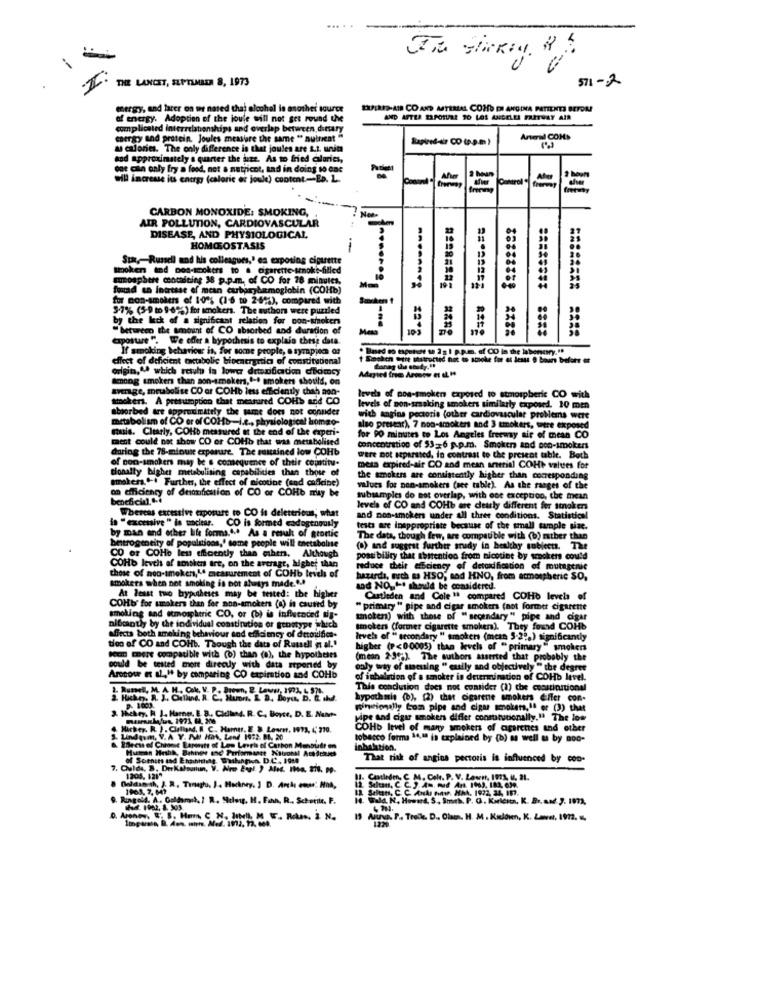
... . .
-
THE LANCET, SEPTEMBER 8, 1973
571-2
mergy, and later on we nated that alcohol is another source
EXPIRED-AIR CO AND MATERIAL COMO EN ANGINA PATIENTS BETON
of energy. Adoption of the joule will not get round the
AND AFTER EXPOSURE 20 LOS ANGELES FRITHAT AIR
complicated interrelationships and overlap between,dietary
cergy and protein. Joules measure the same " nutrient "
Anteil COM>
a calories. The only difference is that joules are s.1. units
kod approximately a quarter the jure. As to fried calories,
one can only fry a food, not a natricot, tad in doing so Gne
will increase its entry (caloric er joule) content-Es. L.
Control "
CARBON MONOXIDE: SMOKING,
AIR POLLUTION, CARDIOVASCULAR
DISEASE, AND PHYSIOLOGICAL
HOMEOSTASIS
Sun ,- Russell and his colleagues,' es exposing cigarette
Boken tod non-smokers to . cigarette-srnokt-filled
mosphere containing 38 p.p.m. of CO for 78 minutes,
found en intresse of mean curburyhemoglobin (COHb)
for non-smokers of 10% (16 to 269%), compared with
9-7% (5-9 to 9-6"*) for smokers. The authors were puzzled
by the lack of a significant relation for con-winokers
"between the amount of CO absorbed and duration of
exposure ". We offer a hypothesis to explain these data.
If smoking behaviour is, for some people, e sympiece of
. Based to toutune t 22 1 p.p.m. of CO in the labencry: "
effect of deficient taxctabolic bioenergetica of constitutional
1 Sighen Gere shitrortid not to stroke for at Jest 9 bours before et
origin,"ª which resul ta lower detoxification comey
Among smokers than son-smokers,e-4 smokers should, on
average, meubolise CO or COHb less efficiently chah aon-
mokers. A presumption that measured COHs and CO
levels of pos-smoken exposed to atmospheric CO with
sborbed are Approximately the same does not conuder
levels of non-srasking smokers similarly exposed. 10 men
metabolism of CO er of COHb -- I.e ., physiological bomao-
with angina pectoris (other cardiovascular problems were
musis. Clearly, COHb measured at the end of the experi-
also prestar), 7 non-smokers and 3 smokers, were exposed
ment could not show CO or COHb that was metabolised
for PO minutes to Los Angeles freeway air of mean CO
ag the 78-minute exposure. The sustained low COHb
concentration of 53-6 p.p.m. Smokers and non-smokers
of non-smokers may be s comequence of their constitu-
were not separated, in contrast to the present table. Both
cionalty bighet metabulising capabilities than those of
mesa expired-air CO and mean antrial COHP values for
smokers." -. Further, the effect of nicotine (sod caffeine)
the smokers are consistently higher than corresponding
on efficiency of dnafication of CO or COHb may be
values for non-smokers (see table). As the ranges of the
subamples do not overlap, with one exception, the mean
Whereas excessive exposure to CO is deleterious; what
levels of CO and COHb me dearly different for stnoken
and non-smokers under all three conditions. Statistical
CO is formed esdogenously
tests are Inappropriate because of the small sample size.
by man and other life forms .... As a result of stortic
betrogeneity of populations,' some people will enetabalise
The data, though few, are compatible with (b) mtber than
(a) and sugarat further srudy in healthy subjects. The
CO or COHo les efficently than miben.
Although
possibility that abstention from nicotine by smokers could
those of non-smokers,4ª measurement of COHb levels of
COHb levels af smaken are, on the average, higher than
reduce their efficiency of detoxification of mutagenic
hazards, nech ma HSO; nad HNO, from atmospheric SO,
smokers when not smoking is not always made."!
ad NO," shedd be considered.
At least two hypotheses may be tested: the higher
Castleden and Cole " compared COHb levels of
COHb' for smokers than for non-smokers (a) is caused by
" primary " pipe and cigar smokers (not former cigarette
smoking and atmospheric CO, or (b) is influenced do-
token) with those of "secondary" pipe and cigar
nibrantly by the individual constitution or genotype which
smokers (former cigarette smoker). They found COHb
affects both ameling behaviour and efficiency of detoxtifica-
levels of " secondary " smokers (mean 5-22%) significantly
tion of CO and COHb. Though the data of Rausell et al."
higher (P <00005) than levels of "primary" smokers
cat mere compatible with (6) than (a), the hypotheses
(mean 2-39;). The authors asserted that probably the
could be tested more directly with data reported by
only way of museuing " easily and objectively " the degree
Aronow et al." by comparing CO expiration and COHb
of inhelation of a smoker in determination of COHb level.
This condution does not consider (1) the coastinstional
hypothsin (0), (2) that ogarene smokers effer con-
pineionally Com pipe and cigar smokers, Il er (3) that
tera. if et (3) that
3. Whichey, H J. Harng, E. B. Ciciland. R. C. Boyce, D. E. Nahet-
pipe and cigar smaken differ construtionally." The low
COHb level of many smokers of agerettes and other
S. Lindawm, V. A. Y. PMI HaA, Land 1972. 81, 20
tobacco forma 14,10 is explained by (b) as well u by aod-
Been of Chronic Bapents of Low Levels of Carbon Monsudr on
inhalation.
That risk of angina pectoris is influenced by con-
7. Quida, B, DerKafautun, V. Nro Etal. ) Aled. Iha, 278, pp-
1205.1289
11. Catleden, C. M. Celt. P. V. Lowen, 1971, U. 21.
1963. 7. M?
Sultan, C. C. ). Am. mud An. 1963, 183, 639.
Saltar, C. C. AndI Haw. HM. 1972, 24, Im7.
9. Ringold. A. Caldomet, / R. Sielong, H. Fan, R ., Schotile. F.
₼4102.1.33
Imposto, B. Aos, with. Med. 1972, 12. 669.
13 Aura. P. Trade. D ., Chen. H. M . Kulónen, K. Lawet, 1972.
1220